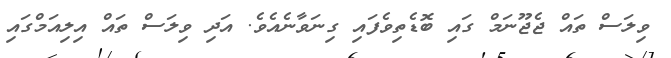
ވިލަސް ތައް ޖެޖޫނަމް ގައި ބޮޑެތިވެފައި ގިނަވާނެއެވެ. އަދި ވިލަސް ތައް އިލިއަމްގައި